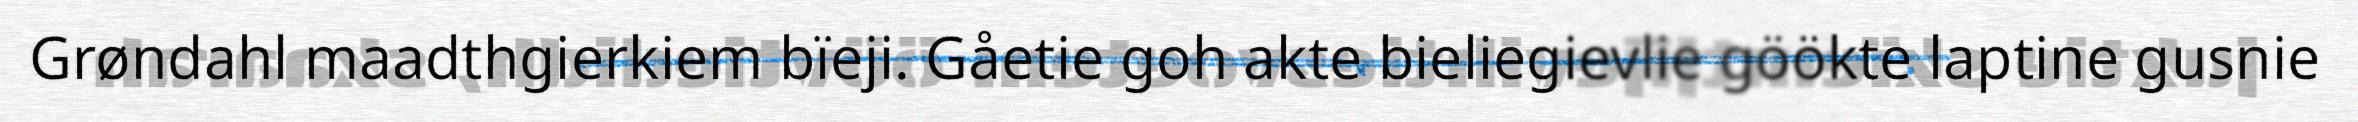
Grøndahl maadthgierkiem bïeji. Gåetie goh akte bieliegievlie göökte laptine gusnie